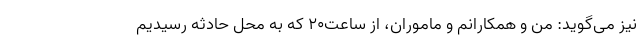
نیز می‌گوید: من و همکارانم و ماموران، از ساعت۲۰ که به محل حادثه رسیدیم